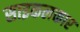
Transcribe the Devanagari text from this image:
साइकलकार